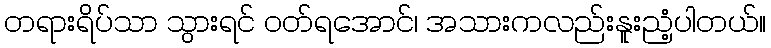
တရားရိပ်သာ သွားရင် ဝတ်ရအောင်၊ အသားကလည်းနူးညံ့ပါတယ်။